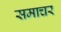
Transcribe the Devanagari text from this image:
समाचर